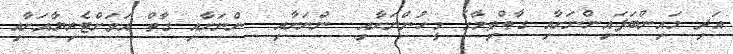
އަދި މައިންބަފައިންނަށާއި ގާތްތިމާގެ މީހުންނަށާއި  ންނަށާއި  ންނަށާއި ގާތް އަވަށްޓެރިޔާއަށާއި